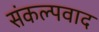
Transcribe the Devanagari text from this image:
संकल्पवाद